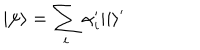
| \psi \rangle = \sum _ { i } \alpha _ { i } ^ { \prime } | i \rangle ^ { \prime }